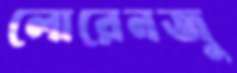
লোরেনজু